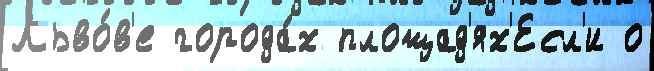
Льво́в'е города́х площад'ях'Есл'и о